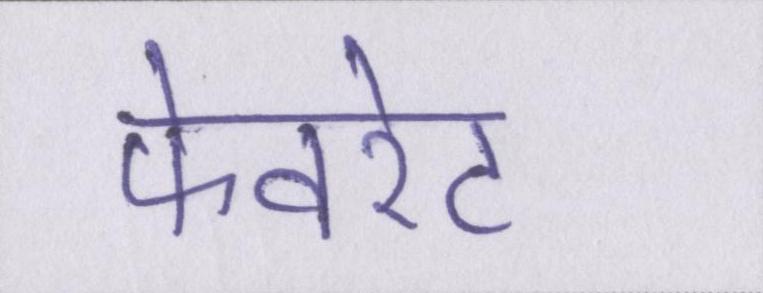
फेवरेट